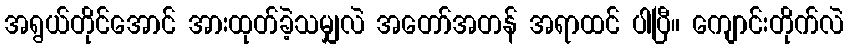
အရွယ်တိုင်အောင် အားထုတ်ခဲ့သမျှလဲ အတော်အတန် အရာထင် ပါပြီ။ ကျောင်းတိုက်လဲ